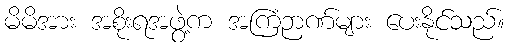
မိမိအား အစိုးရအဖွဲ့က အကြံဉာဏ်များ ပေးနိုင်သည်။